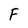
Character: F